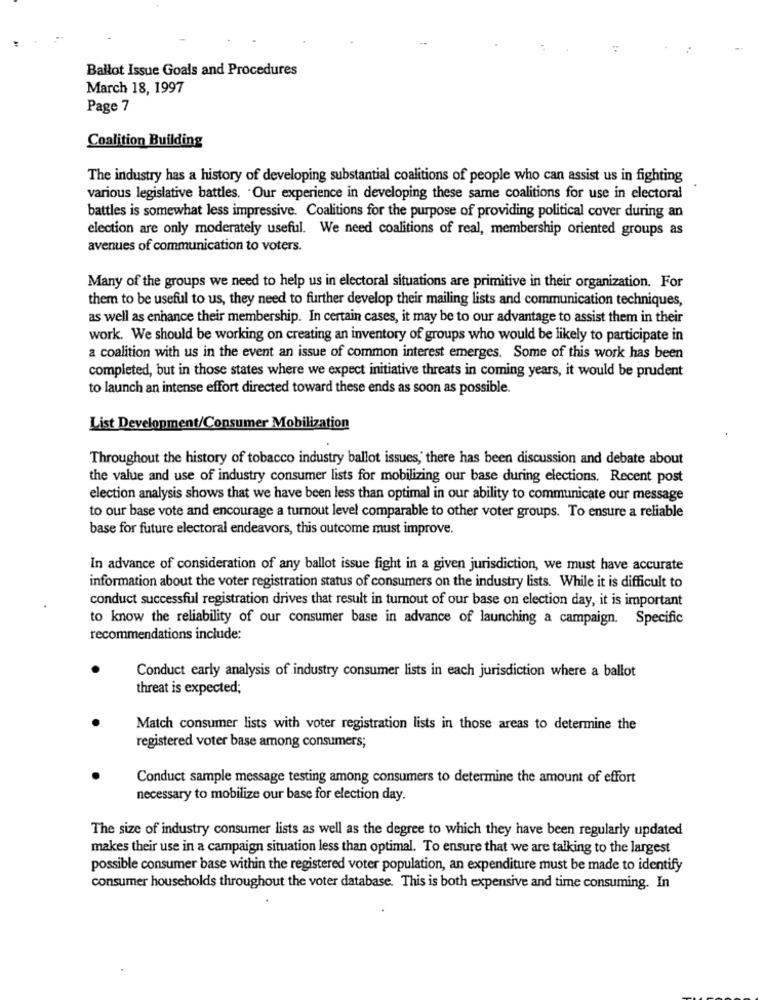
Ballot Issue Goals and Procedures
March 18, 1997
Page 7
Coalition Building
The industry has a history of developing substantial coalitions of people who can assist us in fighting
various legislative battles. Our experience in developing these same coalitions for use in electoral
battles is somewhat less impressive. Coalitions for the purpose of providing political cover during an
election are only moderately useful. We need coalitions of real, membership oriented groups as
avenues of communication to voters.
Many of the groups we need to help us in electoral situations are primitive in their organization. For
them to be useful to us, they need to further develop their mailing lists and communication techniques,
as well as enhance their membership. In certain cases, it may be to our advantage to assist them in their
work. We should be working on creating an inventory of groups who would be likely to participate in
a coalition with us in the event an issue of common interest emerges. Some of this work has been
completed, but in those states where we expect initiative threats in coming years, it would be prudent
to launch an intense effort directed toward these ends as soon as possible.
List Development/Consumer Mobilization
Throughout the history of tobacco industry ballot issues,' there has been discussion and debate about
the value and use of industry consumer lists for mobilizing our base during elections. Recent post
election analysis shows that we have been less than optimal in our ability to communicate our message
to our base vote and encourage a turnout level comparable to other voter groups. To ensure a reliable
base for future electoral endeavors, this outcome must improve.
In advance of consideration of any ballot issue fight in a given jurisdiction, we must have accurate
information about the voter registration status of consumers on the industry lists. While it is difficult to
conduct successful registration drives that result in turnout of our base on election day, it is important
to know the reliability of our consumer base in advance of launching a campaign. Specific
recommendations include:
Conduct early analysis of industry consumer lists in each jurisdiction where a ballot
threat is expected;
Match consumer lists with voter registration lists in those areas to determine the
registered voter base among consumers;
Conduct sample message testing among consumers to determine the amount of effort
necessary to mobilize our base for election day.
The size of industry consumer lists as well as the degree to which they have been regularly updated
makes their use in a campaign situation less than optimal. To ensure that we are talking to the largest
possible consumer base within the registered voter population, an expenditure must be made to identify
consumer households throughout the voter database. This is both expensive and time consuming. In